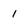
Character: 1